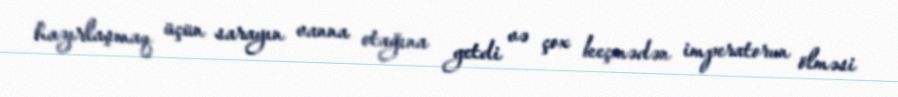
hazırlaşmaq üçün sarayın vanna otağına getdi və çox keçmədən imperatorun ölməsi